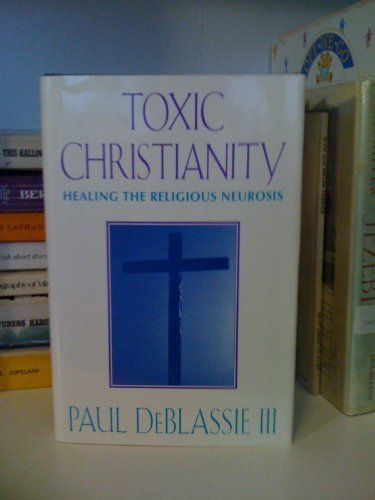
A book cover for Toxic Christianity: Healing the Religious Neurosis; Paul Deblassie; Religion & Spirituality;